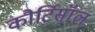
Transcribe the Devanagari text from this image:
कौर्टिसॉल